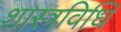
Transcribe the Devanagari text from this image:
शास्त्रविधि